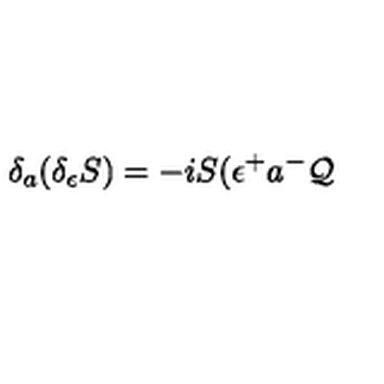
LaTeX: \delta _ { a } ( \delta _ { \epsilon } S ) = - i S ( \epsilon ^ { + } a ^ { - } \mathcal { Q }